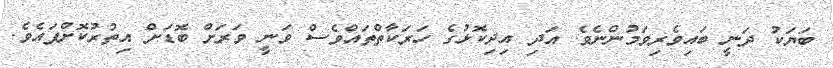
ބަޔަކު ދަނީ ބައިވެރިވަމުންނެވެ. އަދި އިދިކޮޅުގެ ހަރަކާތްތައްވެސް ވަނީ ވަރަށް ބޮޑަށް އިތުރުކޮށްފައެވެ.